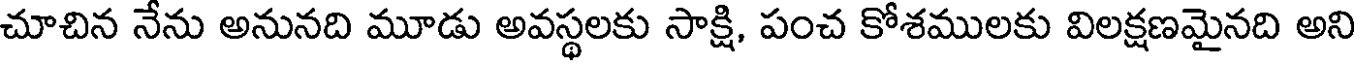
చూచిన నేను అనునది మూడు అవస్థలకు సాక్షి, పంచ కోశములకు విలక్షణమైనది అని